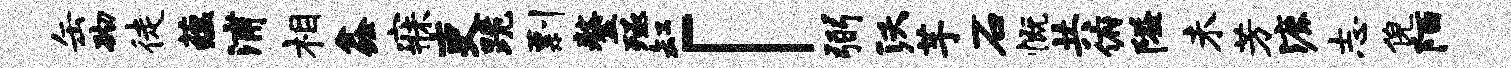
缶砌徒蕴浦相鑫寐吏跪剽鏊殛缸「弼沃芋石慨共俯隘未芳漉志倪陌